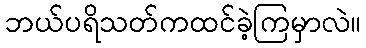
ဘယ်ပရိသတ်ကထင်ခဲ့ကြမှာလဲ။